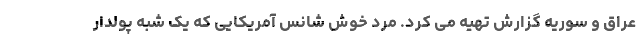
عراق و سوریه گزارش تهیه می کرد. مرد خوش شانس آمریکایی که یک شبه پولدار